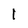
Character: 1